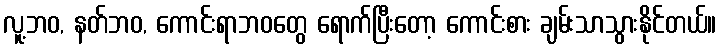
လူ့ဘဝ, နတ်ဘဝ, ကောင်းရာဘဝတွေ ရောက်ပြီးတော့ ကောင်းစား ချမ်းသာသွားနိုင်တယ်။